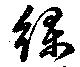
綠